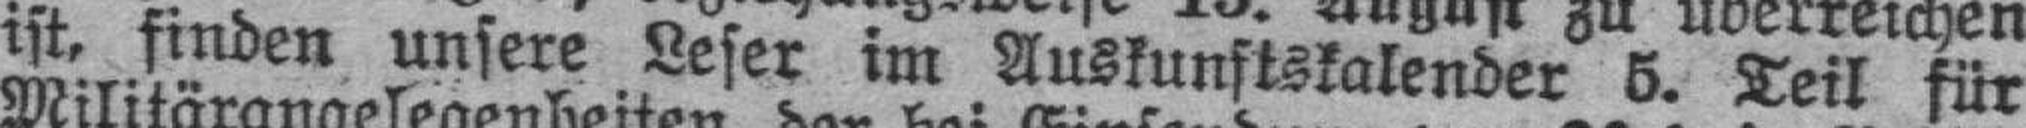
ist, finden unsere Leser im Auskunftskalender 5. Teil für